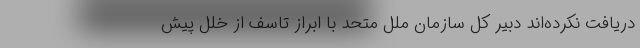
دریافت نکرده‌اند دبیر کل سازمان ملل متحد با ابراز تاسف از خلل پیش